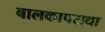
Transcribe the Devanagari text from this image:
बालकापराधा